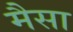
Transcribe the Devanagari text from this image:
मैसा